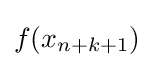
f(x_{n+k+1})